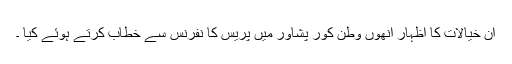
ان خیالات کا اظہار انھوں وطن کور پشاور میں پریس کا نفرنس سے خطاب کرتے ہوئے کیا ۔